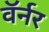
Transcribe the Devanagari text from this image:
वॅर्नर